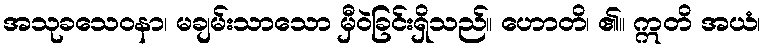
အသုခသေဝနာ၊ မချမ်းသာသော မှီဝဲခြင်းရှိသည်။ ဟောတိ၊ ၏။ ဣတိ အယံ၊